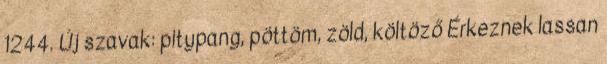
1244. Új szavak: pitypang, pöttöm, zöld, költöző Érkeznek lassan